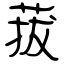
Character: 菝